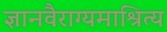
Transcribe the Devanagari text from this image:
ज्ञानवैराग्यमाश्रित्य